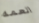
العمه